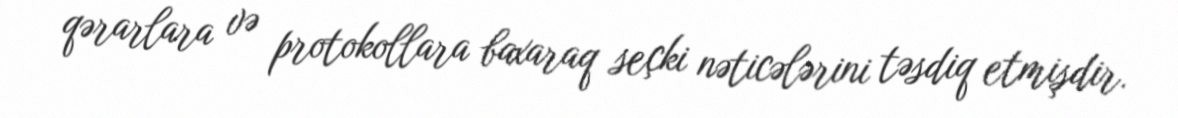
qərarlara və protokollara baxaraq seçki nəticələrini təsdiq etmişdir.